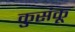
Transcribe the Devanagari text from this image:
कुसंकू